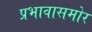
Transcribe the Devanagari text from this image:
प्रभावासमोर